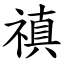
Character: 禛